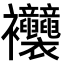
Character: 𧟞